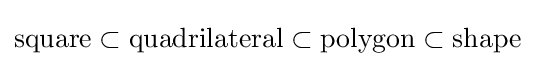
{\text{square}}\subset {\text{quadrilateral}}\subset {\text{polygon}}\subset {\text{shape}}